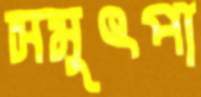
সমুৎপা